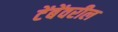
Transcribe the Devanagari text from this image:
टेंबेंवरील